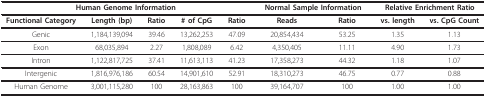
<table><thead><tr><td colspan="5"><b>Human Genome Information</b></td><td colspan="2"><b>Normal Sample Information</b></td><td colspan="2"><b>Relative Enrichment Ratio</b></td></tr></thead><tbody><tr><td><b>Functional Category</b></td><td><b>Length (bp)</b></td><td><b>Ratio</b></td><td><b># of CpG</b></td><td><b>Ratio</b></td><td><b>Reads</b></td><td><b>Ratio</b></td><td><b>vs. length</b></td><td><b>vs. CpG Count</b></td></tr><tr><td>Genic</td><td>1,184,139,094</td><td>39.46</td><td>13,262,253</td><td>47.09</td><td>20,854,434</td><td>53.25</td><td>1.35</td><td>1.13</td></tr><tr><td>Exon</td><td>68,035,894</td><td>2.27</td><td>1,808,089</td><td>6.42</td><td>4,350,405</td><td>11.11</td><td>4.90</td><td>1.73</td></tr><tr><td>Intron</td><td>1,122,817,725</td><td>37.41</td><td>11,613,113</td><td>41.23</td><td>17,358,273</td><td>44.32</td><td>1.18</td><td>1.07</td></tr><tr><td>Intergenic</td><td>1,816,976,186</td><td>60.54</td><td>14,901,610</td><td>52.91</td><td>18,310,273</td><td>46.75</td><td>0.77</td><td>0.88</td></tr><tr><td>Human Genome</td><td>3,001,115,280</td><td>100</td><td>28,163,863</td><td>100</td><td>39,164,707</td><td>100</td><td>1.00</td><td>1.00</td></tr></tbody></table>